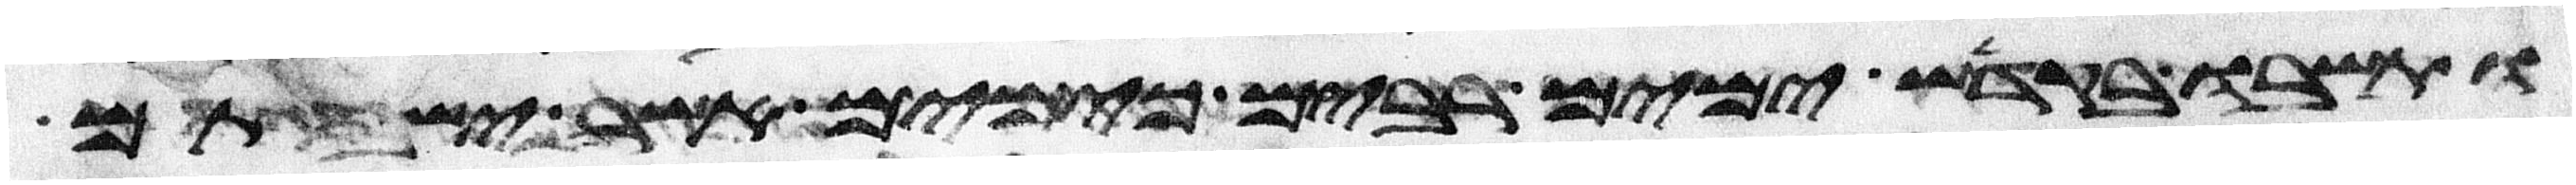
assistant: ותשבו בקדש ימים רבים כימים אשר ישבתם